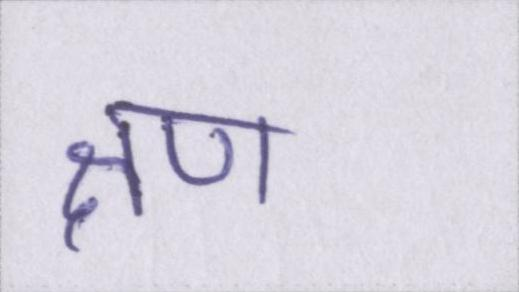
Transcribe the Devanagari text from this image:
क्षण